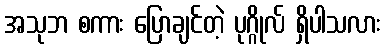
အသုဘ စကား ပြောချင်တဲ့ ပုဂ္ဂိုလ် ရှိပါသလား